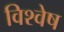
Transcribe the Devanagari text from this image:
विश्वेष